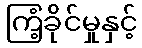
ကြံ့ခိုင်မှုနှင့်